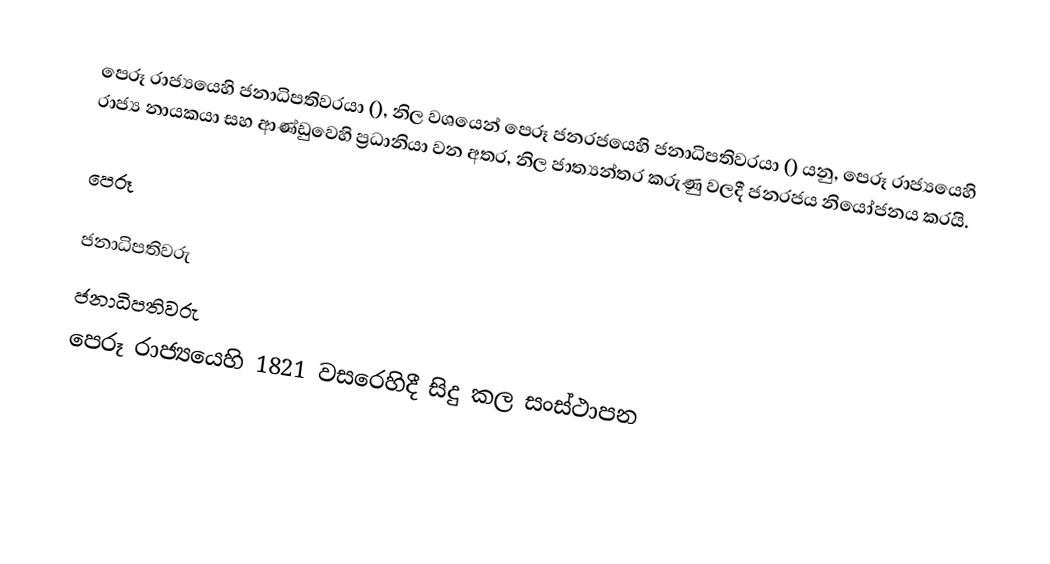
පෙරූ රාජ්‍යයෙහි ජනාධිපතිවරයා (), නිල වශයෙන්  පෙරූ ජනරජයෙහි ජනාධිපතිවරයා () යනු, පෙරූ රාජ්‍යයෙහි රාජ්‍ය නායකයා සහ ආණ්ඩුවෙහි ප්‍රධානියා වන අතර, නිල ජාත්‍යන්තර කරුණු වලදී ජනරජය නියෝජනය කරයි.

පෙරූ

ජනාධිපතිවරු
ජනාධිපතිවරු
පෙරූ රාජ්‍යයෙහි 1821 වසරෙහිදී සිදු කල සංස්ථාපන